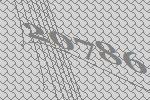
20786